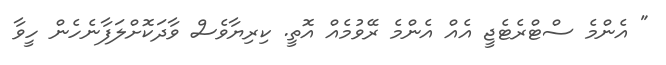
" އެންމެ ސްޓްރެޓެޖީ އެއް އެންމެ ރޭވުމެއް އޮތީ. ކިރިޔާވެސް ވާދަކޮށްލަފާނެހެން ހީވާ